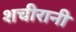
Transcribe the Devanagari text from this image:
शचीरानी